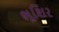
ભૂશિર